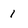
Character: 1